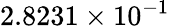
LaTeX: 2.8231\times 10^{-1}